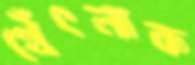
থেঁৎলাক